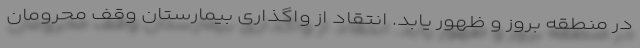
در منطقه بروز و ظهور یابد. انتقاد از واگذاری بیمارستان وقف محرومان